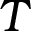
T